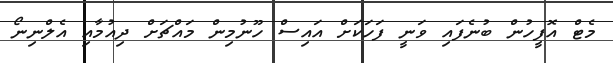
މެޓް އޮފީހުން ބުނެފައި ވަނީ ފަހަކަށް އައިސް ހޫނުމިން މައްޗަށް ދިއުމާއި އެލްނިނޯ